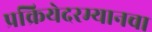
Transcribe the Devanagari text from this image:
प्रक्रियेदरम्यानचा